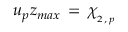
u _ { p } z _ { m a x } \, = \, \chi _ { _ { 2 \, , \, p } }